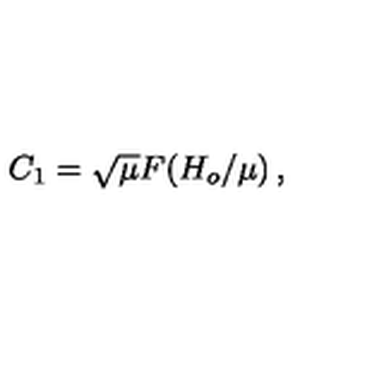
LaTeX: C _ { 1 } = \sqrt { \mu } F \! \left( { H _ { o } / \mu } \right) ,